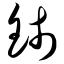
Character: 铈